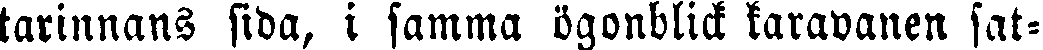
tarinnans sida, i samma ögonblick karavanen sat-